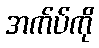
အက်ပ်ကို